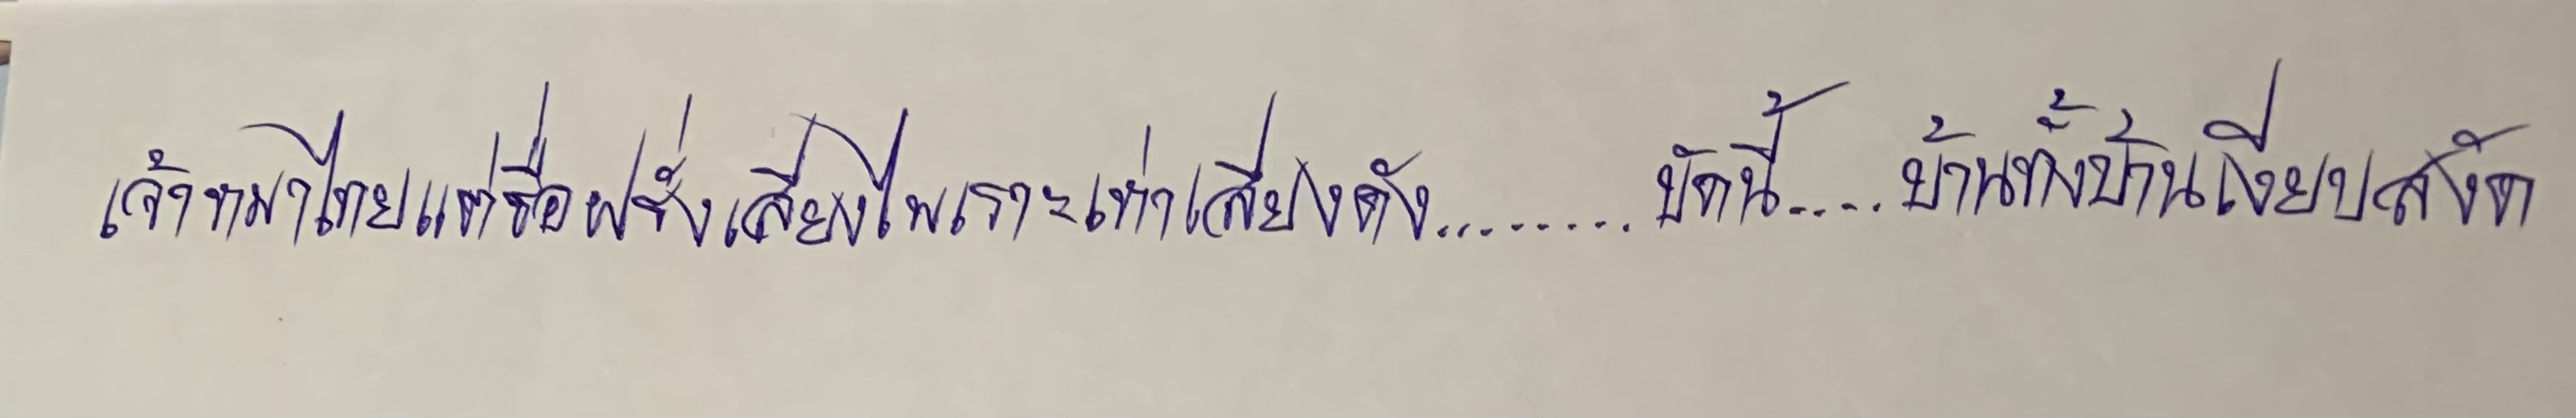
เจ้าหมาไทยแต่ชื่อฝรั่งเสียงไพเราะเห่าเสียงดัง........บัดนี้....บ้านทั้งบ้านเงียบสงัด